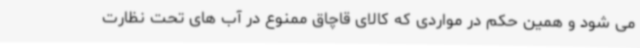
می شود و همین حکم در مواردی که کالای قاچاق ممنوع در آب های تحت نظارت